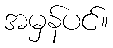
အမှန်ပင်။